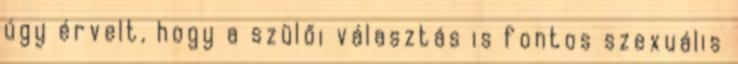
úgy érvelt, hogy a szülői választás is fontos szexuális